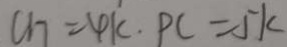
C H = 4 k . P C = 5 k